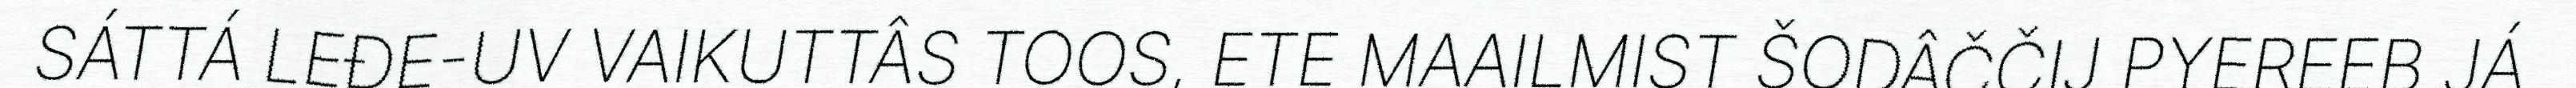
SÁTTÁ LEĐE-UV VAIKUTTÂS TOOS, ETE MAAILMIST ŠODÂČČIJ PYEREEB JÁ